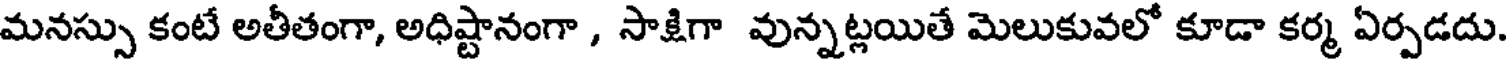
మనస్సు కంటే అతీతంగా, అధిష్టానంగా , సాక్షిగా వున్నట్లయితే మెలుకువలో కూడా కర్మ ఏర్పడదు.